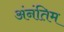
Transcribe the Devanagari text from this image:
अंनंतिम